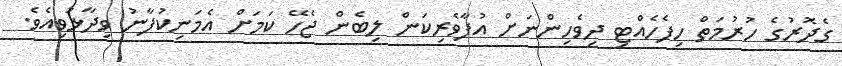
ގެދޮރުގެ ހުރުމަތް ހިފެހެއްޓި ދިވެހިންނަށް އުފާވެރިކަން ލިބެން ޖެހޭ ކަމަށް އެމަނިކުފާނު ވިދާޅުވިއެވެ.